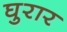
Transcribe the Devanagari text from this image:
घुरार